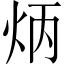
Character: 炳